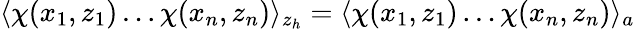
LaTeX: \langle\chi(x_{1},z_{1})\ldots\chi(x_{n},z_{n})\rangle_{z_{h}}=\langle\chi(x_{1},z_{1})\ldots\chi(x_{n},z_{n})\rangle_{a}